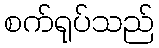
စက်ရုပ်သည်